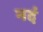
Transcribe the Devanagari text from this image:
नदं